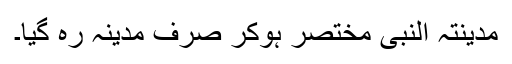
مدینتہ النبی مختصر ہوکر صرف مدینہ رہ گیا۔